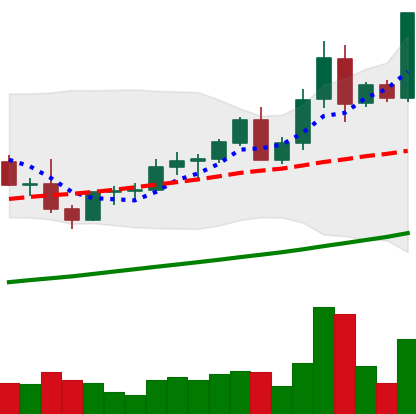
Ticker: LTC-USD
Chart end date: 2021-04-10
Forward return: 12.116%
Label: up_7plus